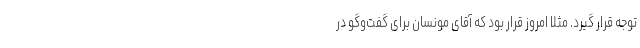
توجه قرار گیرد. مثلا امروز قرار بود که آقای مونسان برای گفت‌وگو در